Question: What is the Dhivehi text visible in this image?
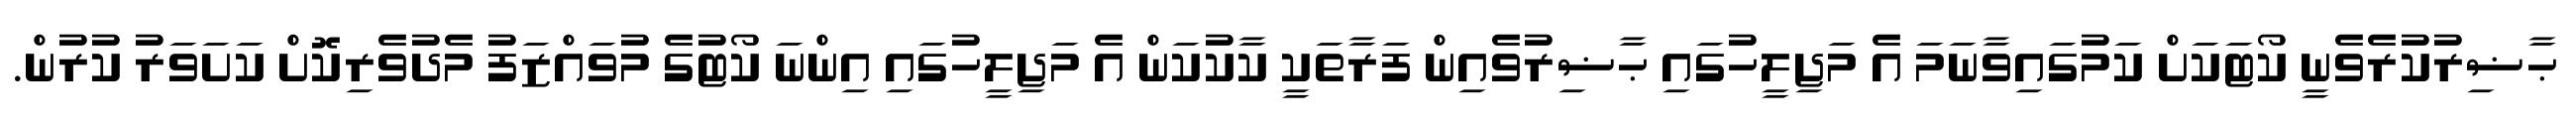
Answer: ޙާޟިރުކުރެވެނީ ކޯޓަކަށް ކަމުގައިވާނަމަ އެ މަޖިލީހުގައި ޙާޟިރުވެއިން ފަރާތަކީ ކާކުކަން އެ މަޖިލީހުގައި އިންނަ ކޯޓުގެ މުވައްޒަފު މެދުވެރިކޮށް ކަށަވަރު ކުރުން.